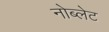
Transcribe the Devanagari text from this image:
नोब्लेट